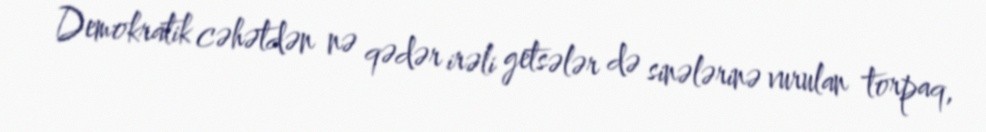
Demokratik cəhətdən nə qədər irəli getsələr də sinələrinə vurulan torpaq,